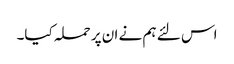
اس لئے ہم نے ان پر حملہ کیا۔